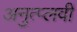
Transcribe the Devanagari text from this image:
अनुत्प्लवी